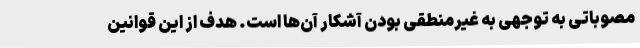
مصوباتی به توجهی به غیرمنطقی بودن آشکار آن‌ها است. هدف از این قوانین